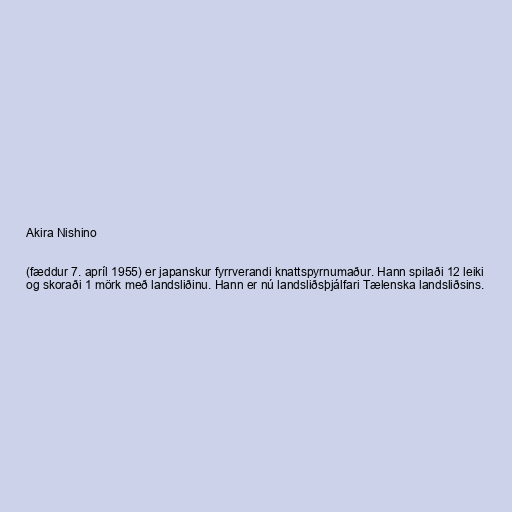
Akira Nishino

(fæddur 7. apríl 1955) er japanskur fyrrverandi knattspyrnumaður. Hann spilaði 12 leiki
og skoraði 1 mörk með landsliðinu. Hann er nú landsliðsþjálfari Tælenska landsliðsins.